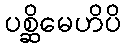
ပစ္ဆိမေဟိပိ